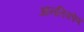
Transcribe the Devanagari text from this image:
आनतिकोण